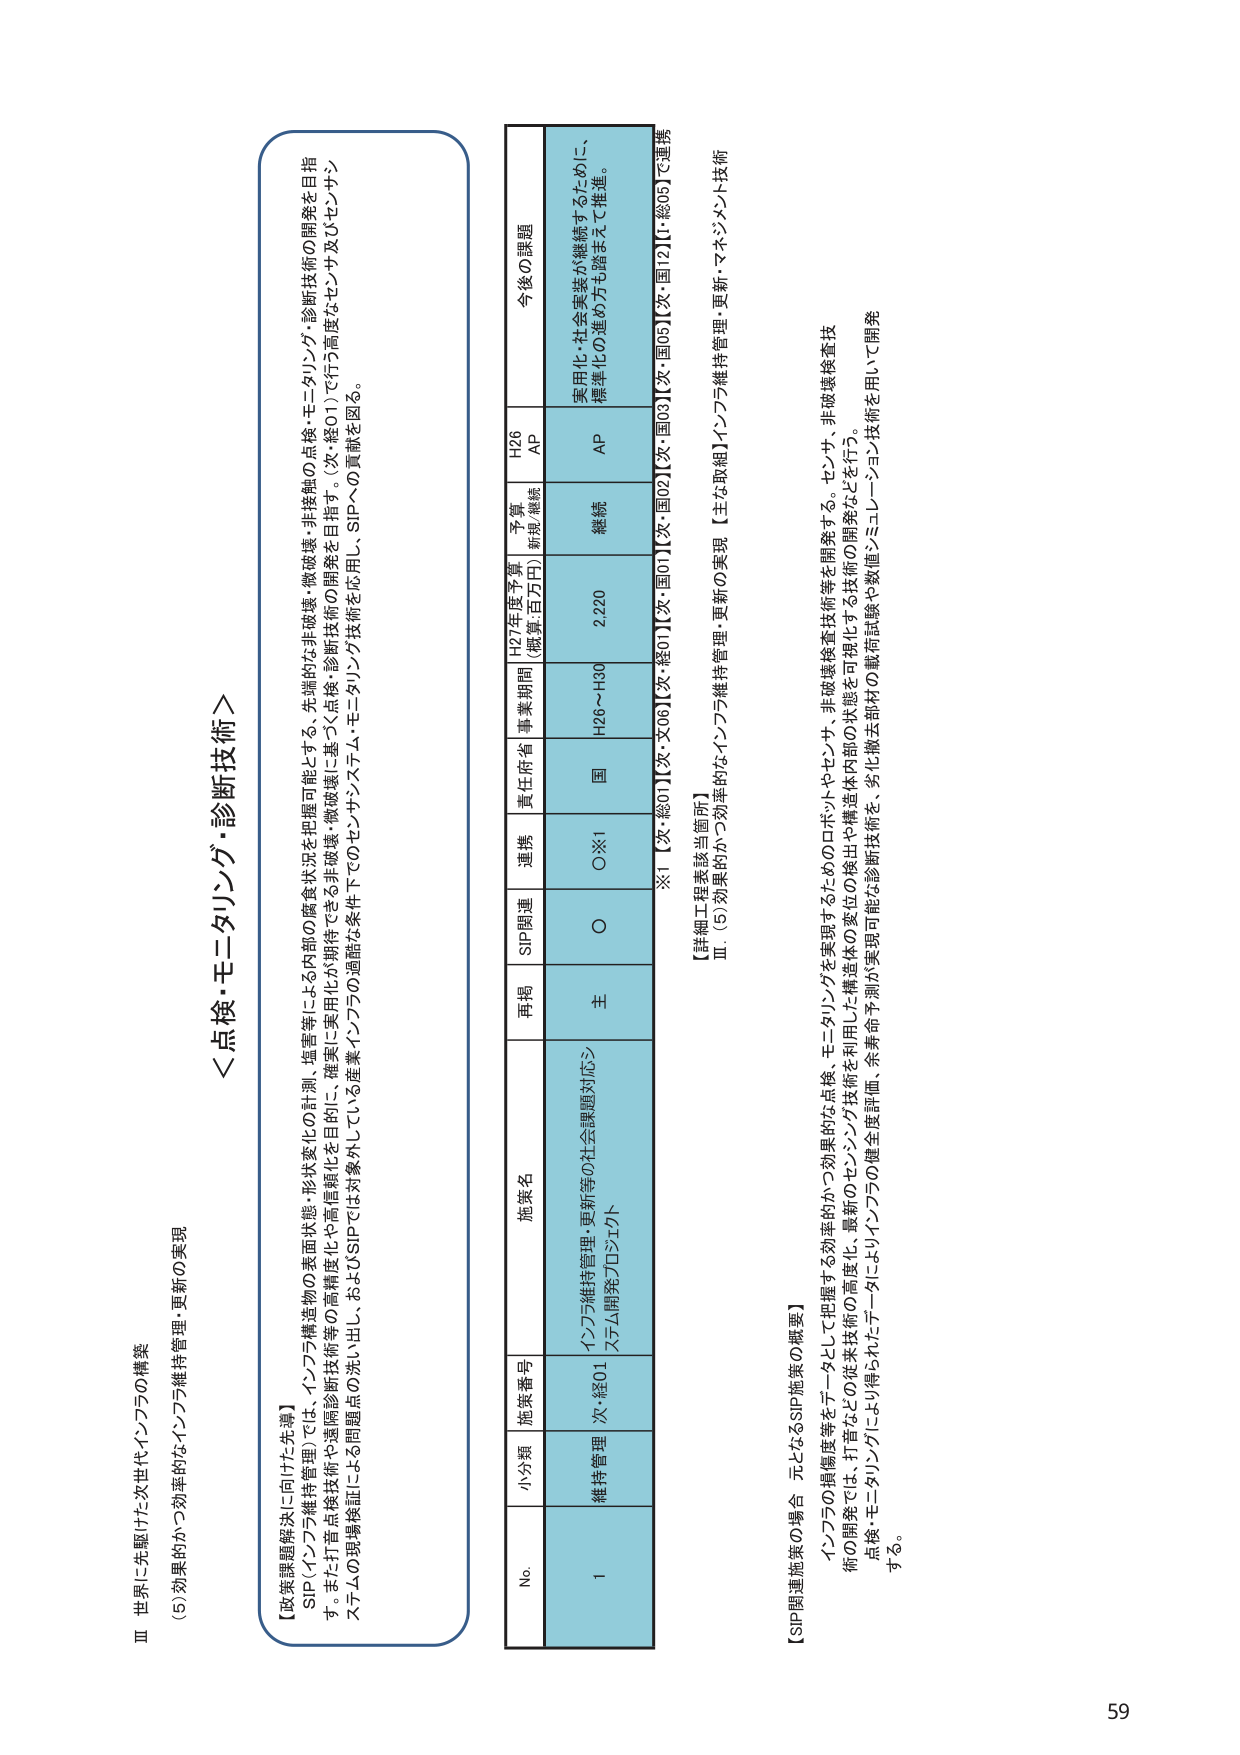
Ⅲ 世界に先駆けた次世代インフラの構築
(5) 効果的かつ効率的なインフラ維持管理・更新の実現

＜点検・モニタリング・診断技術＞

【政策課題解決に向けた先導】
SIP（インフラ維持管理）では、インフラ構造物の表面状態・形状変化の計測・調査等による内部の腐食状況を把握可能とする、先端的な非破壊・微破壊・非接触の点検・モニタリング・診断技術の開発を目指す。また打音点検技術や遠隔診断技術等の高精度化や高信頼化を目的に、確実に実用化が期待できる非破壊・微破壊に基づく点検・診断技術の開発を目指す。（次・総01）で行う高度センサ及びセンサシステムの現場検証による問題点の洗い出し、およびSIPでは対象外している産業インフラの過酷な条件下でのセンサシステム・モニタリング技術を応用し、SIPへの貢献を図る。

No. 小分類 施策番号 施策名 再掲 SIP関連 連携 責任府省 事業期間 H27年度予算 （概算:百万円） 予算 新規/継続 H26 AP 今後の課題
1 維持管理 次・総01 インフラ維持管理・更新等の社会課題対応システム開発プロジェクト 主 O O※1 国 H26～H30 2,220 継続 AP 実用化・社会実装が継続するために、標準化の進め方も踏まえて推進。

※1【次・総01】【次・X06】【次・総01】【次・国01】【次・国02】【次・国03】【次・国05】【次・国12】【I・総05】で連携

【詳細工程表該当箇所】
Ⅲ．(5) 効果的かつ効率的なインフラ維持管理・更新の実現 【主な取組】インフラ維持管理・更新・マネジメント技術

【SIP関連施策の場合一元となるSIP施策の概要】
インフラの損傷度等をデータとして把握する効率的かつ効果的な点検、モニタリングを実現するためのロボットやセンサ、非破壊検査技術等を開発する。センサ、非破壊検査技術の開発では、打音などの従来技術の高度化、最新のセンシング技術を利用した構造体内部の変位の検出や構造体内内部の状態を可視化する技術の開発などを行う。
点検・モニタリングにより得られたデータによりインフラの健全度評価、余寿命予測が実現可能な診断技術を、劣化撤去部材の載荷試験や数値シミュレーション技術を用いて開発する。

59